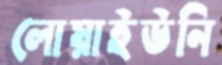
লোয়াইউনি